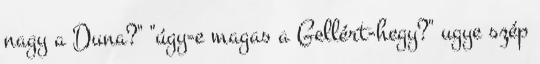
nagy a Duna?" "úgy-e magas a Gellért-hegy?" ugye szép